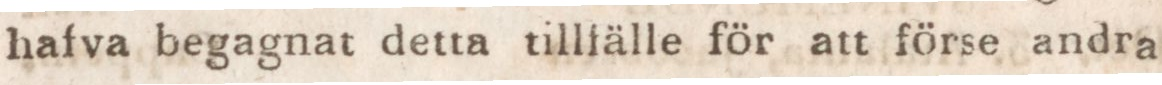
hafva begagnat detta tillfälle för att förse andra